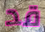
قد